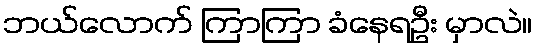
ဘယ်လောက် ကြာကြာ ခံနေရဦး မှာလဲ။